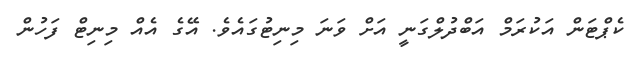
ކެޕްޓަން އަކުރަމް އަބްދުލްގަނީ އަށް ވަނަ މިނިޓުގައެވެ. އޭގެ އެއް މިނިޓް ފަހުން